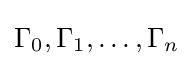
\Gamma _{0},\Gamma _{1},\ldots ,\Gamma _{n}